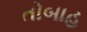
તોબાહ